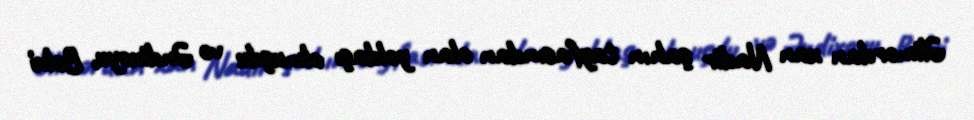
Əlimərdan xan Nadir şahın tayfasından olan yoldaşı olmuşdu və Əndixoyu, Bəlxi